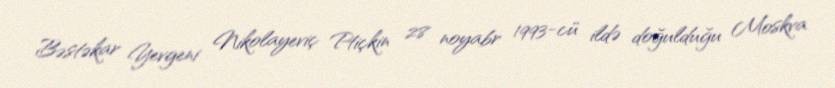
Bəstəkar Yevgeni Nikolayeviç Ptiçkin 28 noyabr 1993-cü ildə doğulduğu Moskva